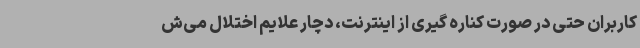
کاربران حتی در صورت کناره گیری از اینترنت، دچار علایم اختلال می‌ش